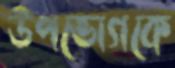
উপভোগকে